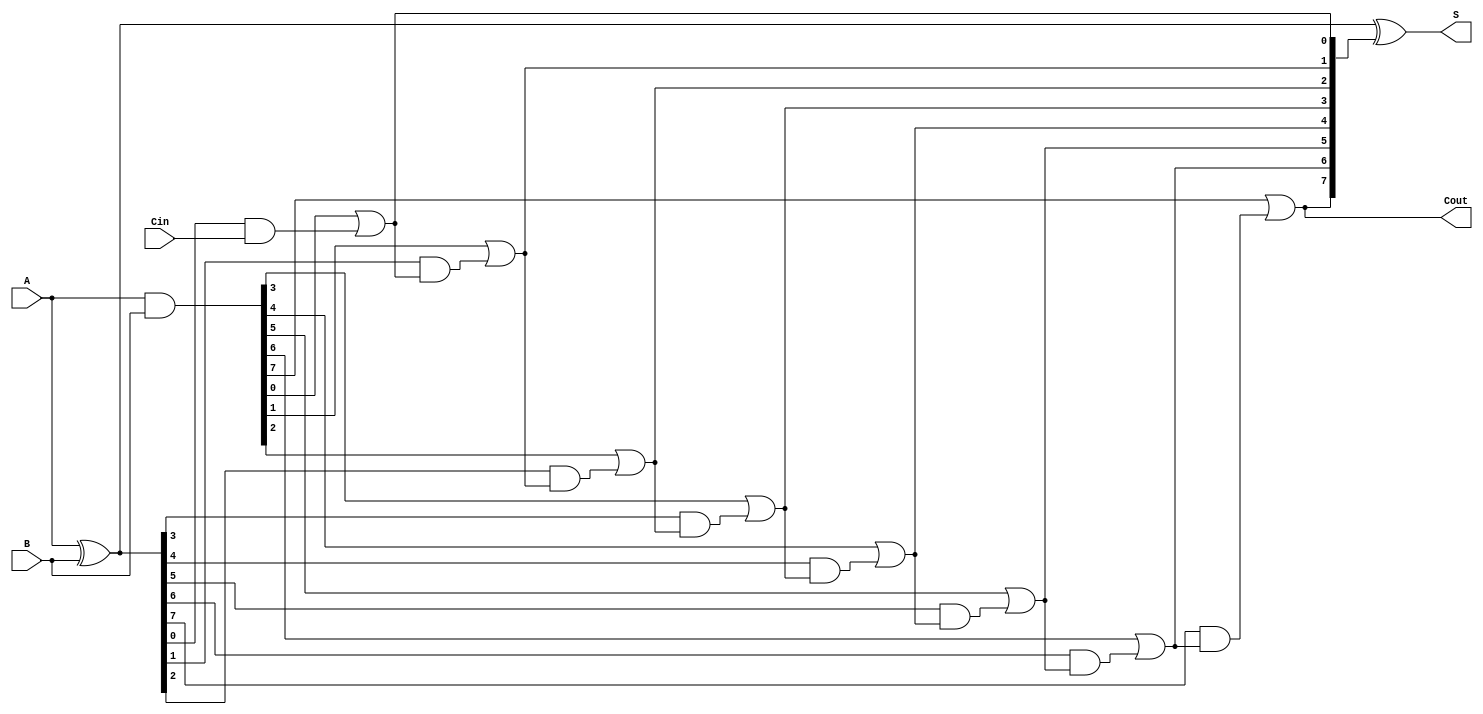
module VLCLA #(
    parameter WIDTH = 8 // Define the width of the adder
)(
    input [WIDTH-1:0] A,    // First binary number
    input [WIDTH-1:0] B,    // Second binary number
    input Cin,               // Carry-in
    output [WIDTH-1:0] S,    // Sum output
    output Cout              // Carry-out
);

    wire [WIDTH-1:0] G; // Generate signals
    wire [WIDTH-1:0] P; // Propagate signals
    wire [WIDTH:0] C;   // Carry signals (C[0] = Cin)

    // Generate and Propagate calculations
    assign G = A & B;           // Generate signals
    assign P = A ^ B;           // Propagate signals

    // Carry calculation
    assign C[0] = Cin; // Initial carry input
    genvar i;
    generate
        for (i = 0; i < WIDTH; i = i + 1) begin : carry_calc
            assign C[i + 1] = G[i] | (P[i] & C[i]);
        end
    endgenerate

    // Sum calculation
    assign S = P ^ C[WIDTH:1]; // Sum outputs
    assign Cout = C[WIDTH];    // Final carry-out

endmodule